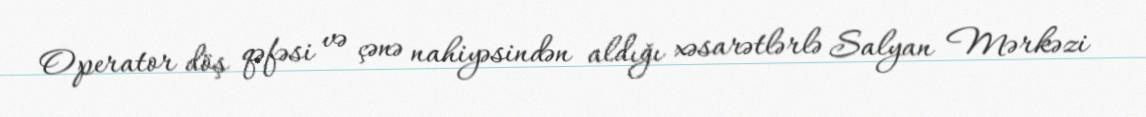
Operator döş qəfəsi və çənə nahiyəsindən aldığı xəsarətlərlə Salyan Mərkəzi